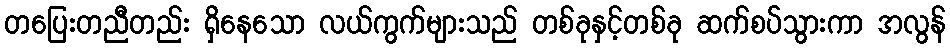
တပြေးတညီတည်း ရှိနေသော လယ်ကွက်များသည် တစ်ခုနှင့်တစ်ခု ဆက်စပ်သွားကာ အလွန်